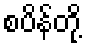
စပိန်တို့